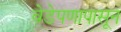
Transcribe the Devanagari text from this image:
वेडेपणापासून